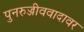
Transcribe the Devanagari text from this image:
पुनरुज्जीववादावर